Report of the Bombay Plague Committee
Disease focus: Plague
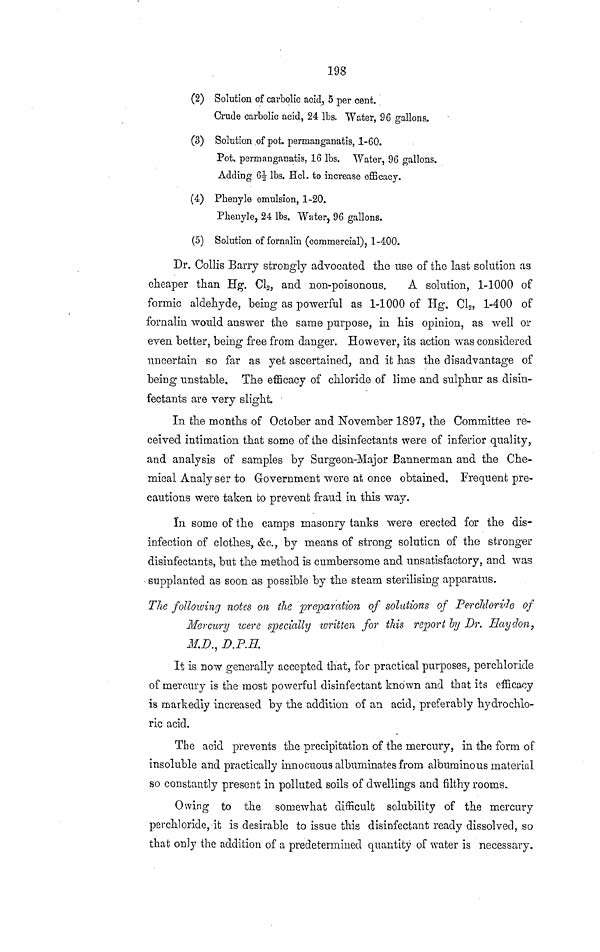
198
(2) Solution of carbolic acid, 5 per cent.
Crude carbolic acid, 24 Ibs. Water, 96 gallons.
(3) Solution of pot. permanganatis, 1-60.
Pot, permanganatis, 16 Ibs. Water, 96 gallons.
Adding 6 1/2 Ibs. Hol. to increase efficacy.
(4) Plienyle emulsion, 1-20.
Phenyle, 24 Ibs. Water, 96 gallons.
(5) Solution of fornalin (commercial), 1-400.
Dr. Oollis Barry strongly advocated the use of the last solution as
cheaper than Hg. C1 2 , and non-poisonous.
A solution, 1-1000 of
formic aldehyde, being as powerful as 1-1000 of Hg. C1 2 , 1-400 of
fornalin would answer the same purpose, in his opinion, as well or
even better, being free from danger. However, its action was considered
uncertain so far as yet ascertained, and it has the disadvantage of
being unstable. The efficacy of chloride of lime and sulphur as disin-
fectants are very slight.
In the months of October and November 1897, the Committee re-
ceived intimation that some of the disinfectants were of inferior quality,
and analysis of samples by Surgeon-Major Bannerman and the Che-
mical Analyser to Government were at once obtained. Frequent pre-
cautions were taken to prevent fraud in this way.
In some of the camps masonry tanks were erected for the dis-
infection of clothes, &c., by means of strong solution of the stronger
disinfectants, but the method is cumbersome and unsatisfactory, and was
supplanted as soon as possible by the steam sterilising apparatus.
The following notes on the preparation of solutions of Perchloride of
Mercury were specially -written for this report by Dr. Haydon,
M.D., D.P.H.
It is now generally accepted that, for practical purposes, perchloride
of merotiry is the most powerful disinfectant known and that its efficacy
is markedly increased by the addition of an acid, preferably hydrochlo-
ric acid.
The acid prevents the precipitation of the mercury, in the form of
insoluble and practically innocuous albuminates from albuminous material
so constantly present in polluted soils of dwellings and filthy rooms.
Owing to the somewhat difficult solubility of the mercury
perchloride, it is desirable to issue this disinfectant ready dissolved, so
that only the addition of a predetermined quantity of water is necessary.